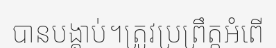
បានបង្គាប់។ត្រូវប្រព្រឹត្តអំពើ